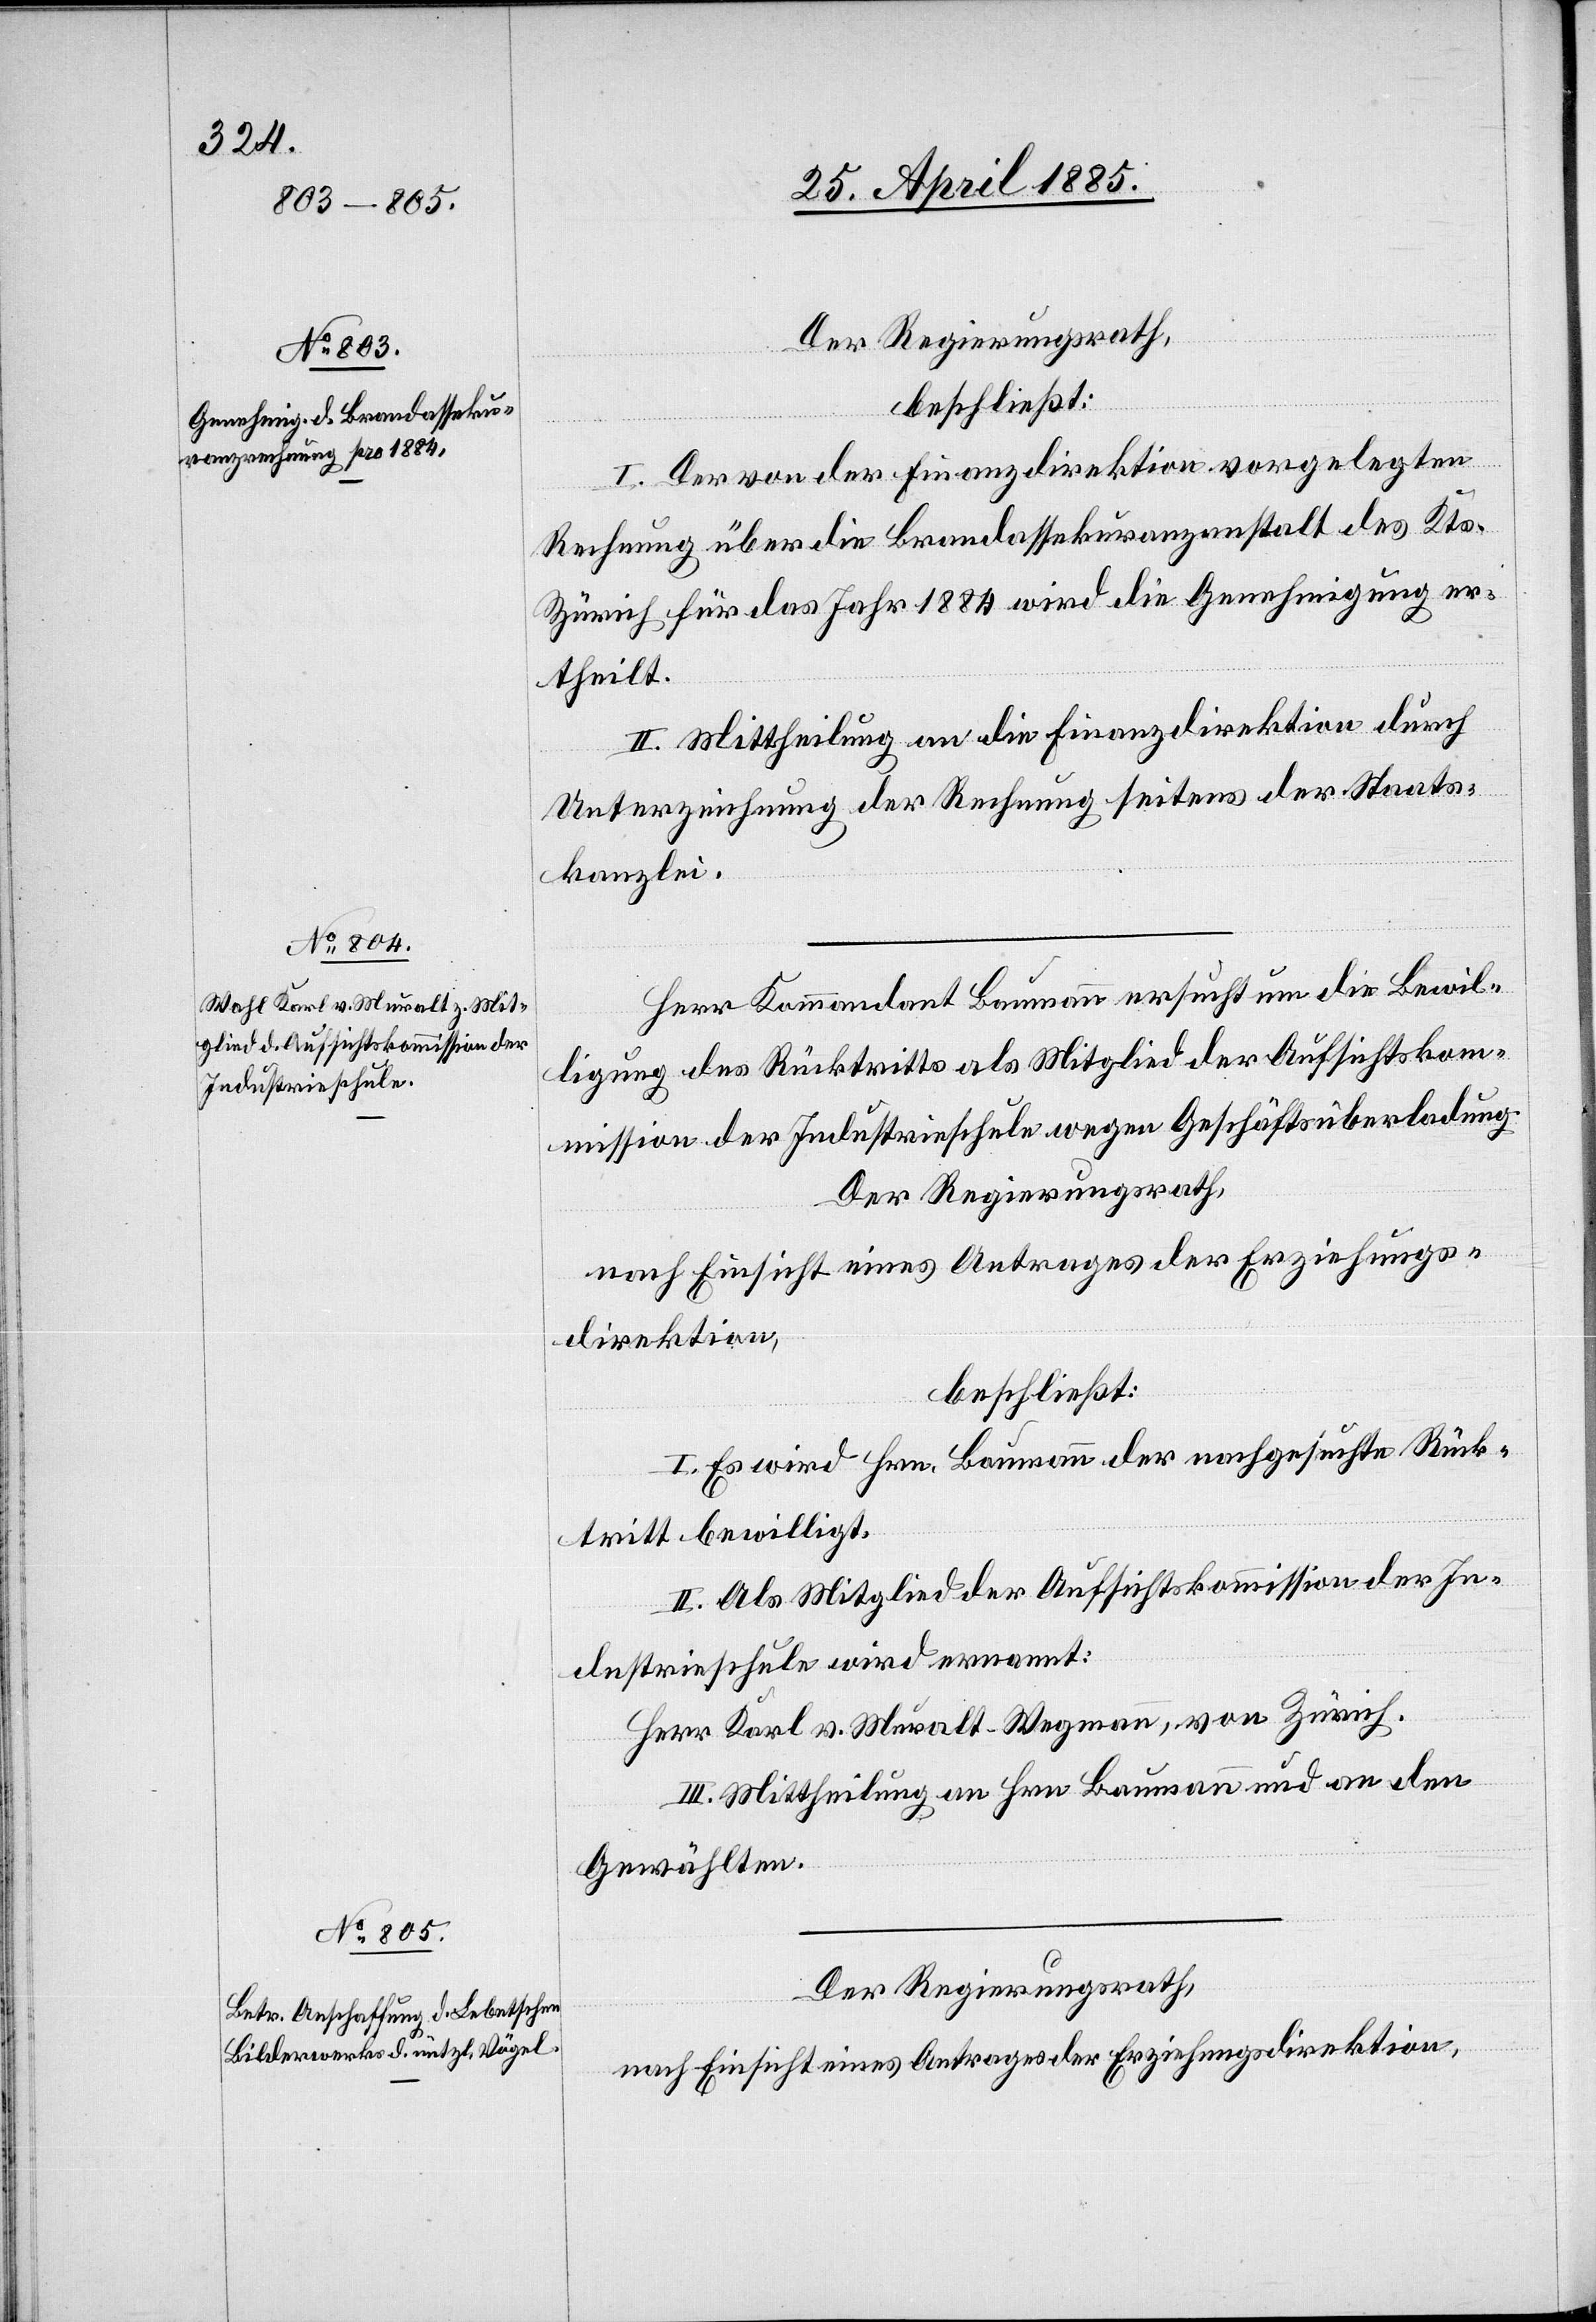
Der Regierungsrath,
beschließt:
I. Der von der Finanzdirektion vorgelegten
Rechnung über die Brandassekurranzanstalt des Kts.
Zürich für das Jahr 1884 wird die Genehmigung er¬
theilt.
II. Mittheilung an die Finanzdirektion durch
Unterzeichnung der Rechnung seitens der Staats¬
kanzlei.
Herr Kommandant Baumann ersucht um die Bewil¬
ligung des Rücktritts als Mitglied der Aufsichtskom¬
mission der Industrieschule wegen Geschäftsüberladung.
Der Regierungsrath,
nach Einsicht eines Antrages der Erziehungs¬
direktion,
beschließt:
I. Es wird Hrn. Baumann der nachgesuchte Rück¬
tritt bewilligt.
II. Als Mitglied der Aufsichtskommission der In¬
dustrieschule wird ernannt:
Herr Karl v. Muralt-Wegmann, von Zürich.
III. Mittheilung an Hrn. Baumann und an den
Gewählten.
Der Regierungsrath,
nach Einsicht eines Antrages der Erziehungsdirektion,